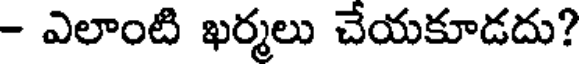
- ఎలాంటి ఖర్మలు చేయకూడదు?